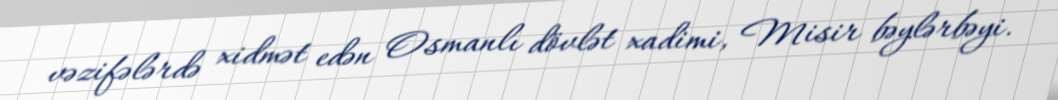
vəzifələrdə xidmət edən Osmanlı dövlət xadimi, Misir bəylərbəyi.